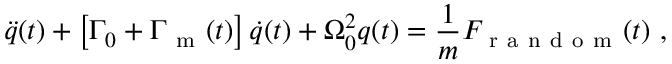
\ddot { q } ( t ) + \left[ \Gamma _ { 0 } + \Gamma _ { \mathrm { ~ m ~ } } ( t ) \right] \dot { q } ( t ) + \Omega _ { 0 } ^ { 2 } q ( t ) = \frac { 1 } { m } F _ { \mathrm { ~ r ~ a ~ n ~ d ~ o ~ m ~ } } ( t ) \mathrm { ~ , ~ }